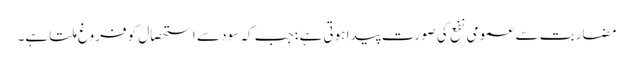
مضاربت سے عمومی نفع کی صورت پیدا ہوتی ہے؛ جب کہ سود سے استحصال کو فروغ ملتا ہے۔